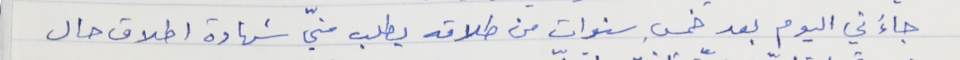
جاءَني اليوم بعد خمسِ سنوات من طلاقه يطلب منيّ شهادة اطلاق حال